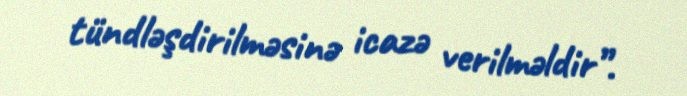
tündləşdirilməsinə icazə verilməldir”.